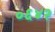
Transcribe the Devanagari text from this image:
०६४२